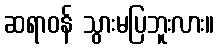
ဆရာဝန် သွားမပြဘူးလား။